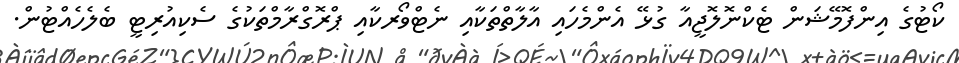
ކޯޓުގެ އިންފޮމޭޝަން ޓެކްނޮލޮޖީއާ ގުޅޭ އެންމެހައި އާލާތްތަކާއި ނެޓްވޯރކާއި ޕްރޮގްރާމްތަކުގެ ސެކިއުރިޓީ ބެލެހެއްޓުން.